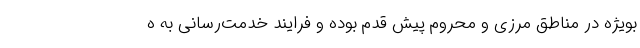
بویژه در مناطق مرزی و محروم پیش قدم بوده و فرایند خدمت‌رسانی به ه